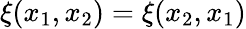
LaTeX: \xi(x_{1},x_{2})=\xi(x_{2},x_{1})